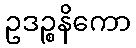
ဥဒဉ္စနိကော